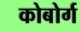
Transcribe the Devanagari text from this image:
कोबोर्ग